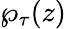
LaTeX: \wp_{\tau}(z)